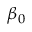
\beta _ { 0 }